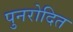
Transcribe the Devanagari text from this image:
पुनरोदित